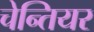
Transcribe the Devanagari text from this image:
चेन्तियर